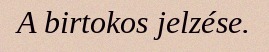
A birtokos jelzése.